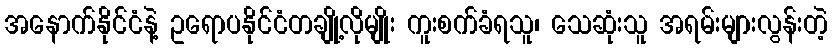
အနောက်နိုင်ငံနဲ့ ဥရောပနိုင်ငံတချို့လိုမျိုး ကူးစက်ခံရသူ၊ သေဆုံးသူ အရမ်းများလွန်းတဲ့